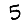
Digit: 5